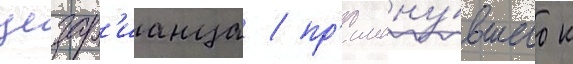
цезар'ианца / пр'имкну́вшего к